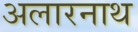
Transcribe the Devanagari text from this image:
अलारनाथ